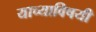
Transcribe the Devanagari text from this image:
याच्याविषयी